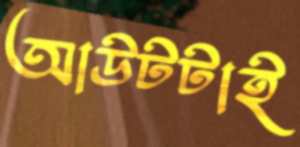
আউটটাই